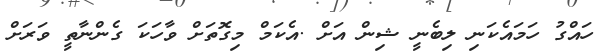
ހައްގު ހަމައެކަނި ލިބެނީ ޝިން އަށް .އެކަމް މިގޮތަށް ވާހަކަ ގެންނާތީ ވަރަށް